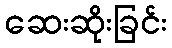
ဆေးဆိုးခြင်း